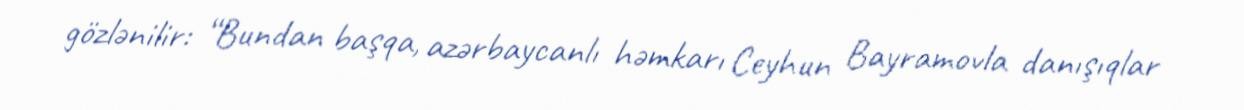
gözlənilir: “Bundan başqa, azərbaycanlı həmkarı Ceyhun Bayramovla danışıqlar